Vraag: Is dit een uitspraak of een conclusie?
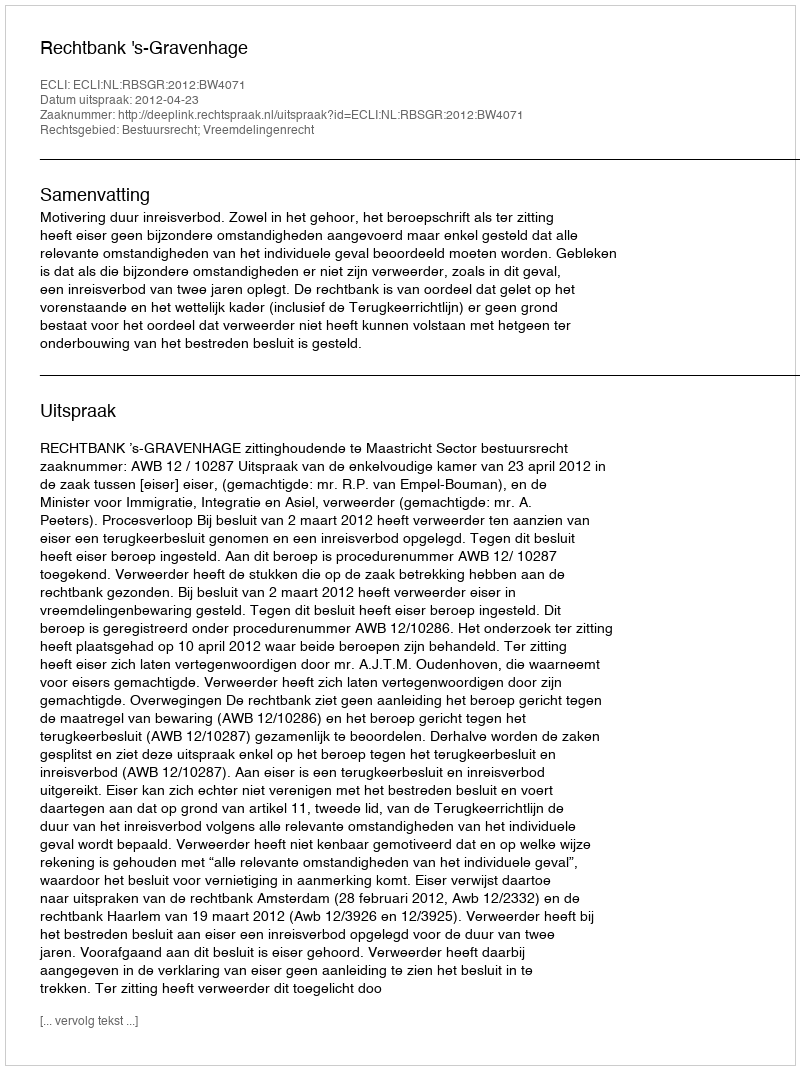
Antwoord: Uitspraak